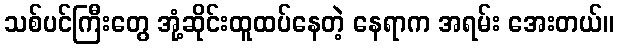
သစ်ပင်ကြီးတွေ အုံ့ဆိုင်းထူထပ်နေတဲ့ နေရာက အရမ်း အေးတယ်။